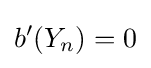
b'(Y_{n})=0